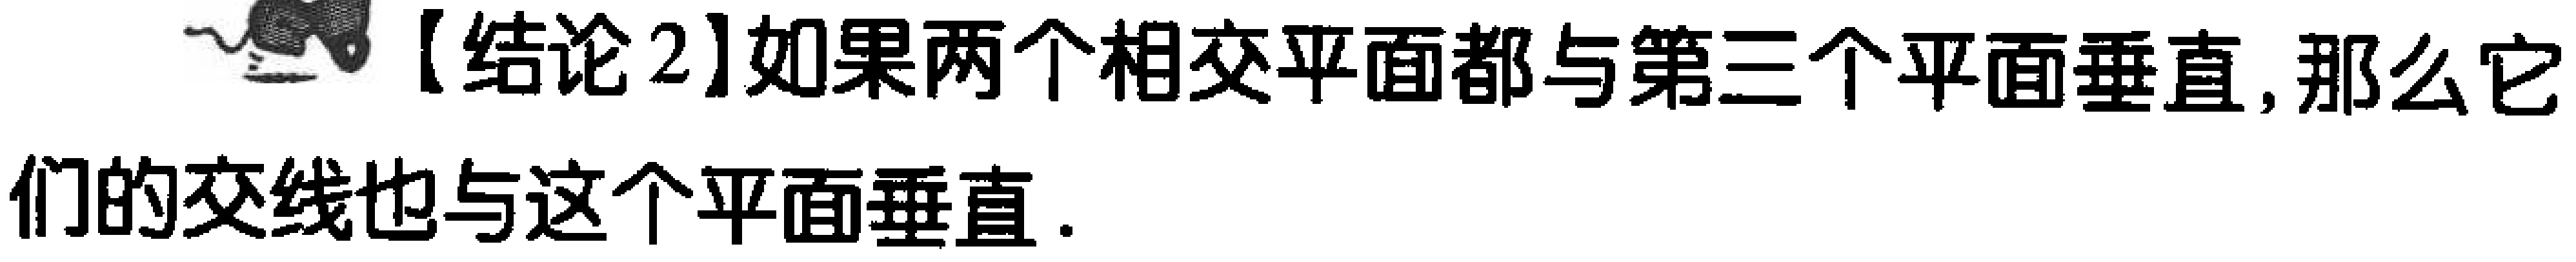
【结论2】如果两个相交平面都与第三个平面垂直, 那么它们的交线也与这个平面垂直.